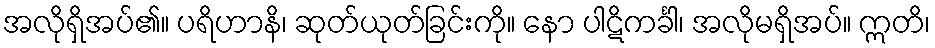
အလိုရှိအပ်၏။ ပရိဟာနိ၊ ဆုတ်ယုတ်ခြင်းကို။ နော ပါဋိကင်္ခါ၊ အလိုမရှိအပ်။ ဣတိ၊